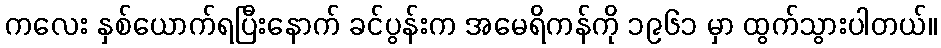
ကလေး နှစ်ယောက်ရပြီးနောက် ခင်ပွန်းက အမေရိကန်ကို ၁၉၆၁ မှာ ထွက်သွားပါတယ်။